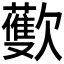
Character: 𪴳